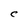
Character: C